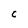
Character: C